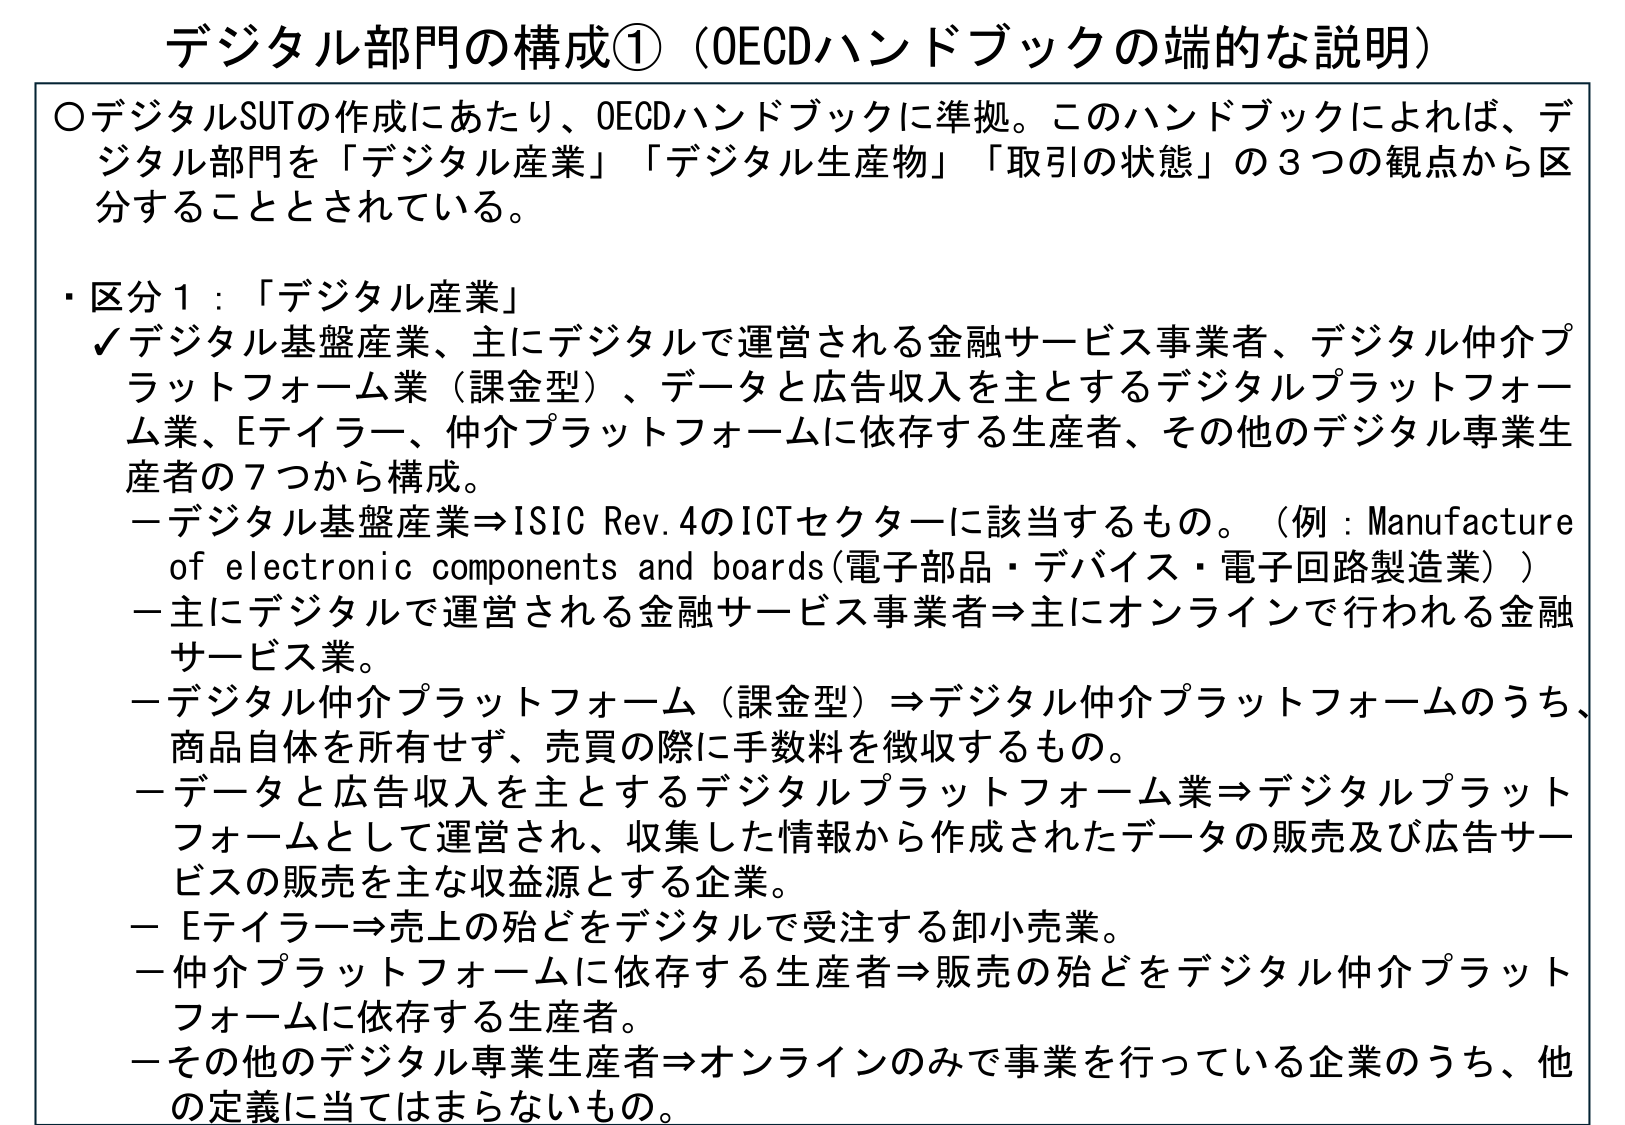
デジタル部門の構成①（OECDハンドブックの端的な説明）

○デジタルSUTの作成にあたり、OECDハンドブックに準拠。このハンドブックによれば、デジタル部門を「デジタル産業」「デジタル生産物」「取引の状態」の3つの観点から区分することとされている。

・区分1：「デジタル産業」
✓デジタル基盤産業、主にデジタルで運営される金融サービス事業者、デジタル仲介プラットフォーム業（課金型）、データと広告収入を主とするデジタルプラットフォーム業、Eティラー、仲介プラットフォームに依存する生産者、その他のデジタル専業生産者の7つから構成。
－デジタル基盤産業⇒ISIC Rev.4のICTセクターに該当するもの。（例：Manufacture of electronic components and boards（電子部品・デバイス・電子回路製造業））
－主にデジタルで運営される金融サービス事業者⇒主にオンラインで行われる金融サービス業。
－デジタル仲介プラットフォーム（課金型）⇒デジタル仲介プラットフォームのうち、商品自体を所有せず、売買の際に手数料を徴収するもの。
－データと広告収入を主とするデジタルプラットフォーム業⇒デジタルプラットフォームとして運営され、収集した情報から作成されたデータの販売及び広告サービスの販売を主な収益源とする企業。
－Eティラー⇒売上の殆どをデジタルで受注する卸小売業。
－仲介プラットフォームに依存する生産者⇒販売の殆どをデジタル仲介プラットフォームに依存する生産者。
－その他のデジタル専業生産者⇒オンラインのみで事業を行っている企業のうち、他の定義に当てはまらないもの。